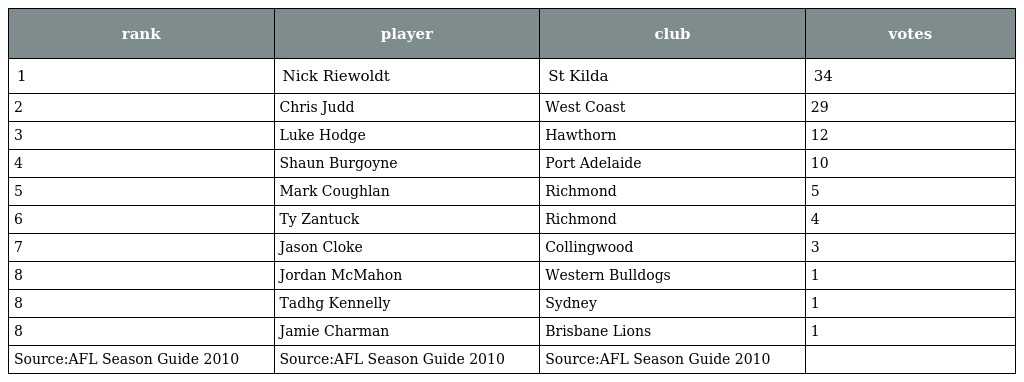
| rank | player | club | votes |
 | --- | --- | --- | --- |
 | 1 | Nick Riewoldt | St Kilda | 34 |
 | 2 | Chris Judd | West Coast | 29 |
 | 3 | Luke Hodge | Hawthorn | 12 |
 | 4 | Shaun Burgoyne | Port Adelaide | 10 |
 | 5 | Mark Coughlan | Richmond | 5 |
 | 6 | Ty Zantuck | Richmond | 4 |
 | 7 | Jason Cloke | Collingwood | 3 |
 | 8 | Jordan McMahon | Western Bulldogs | 1 |
 | 8 | Tadhg Kennelly | Sydney | 1 |
 | 8 | Jamie Charman | Brisbane Lions | 1 |
 | Source:AFL Season Guide 2010 | Source:AFL Season Guide 2010 | Source:AFL Season Guide 2010 |  |